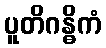
ပူတိဂန္ဓိကံ